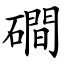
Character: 磵